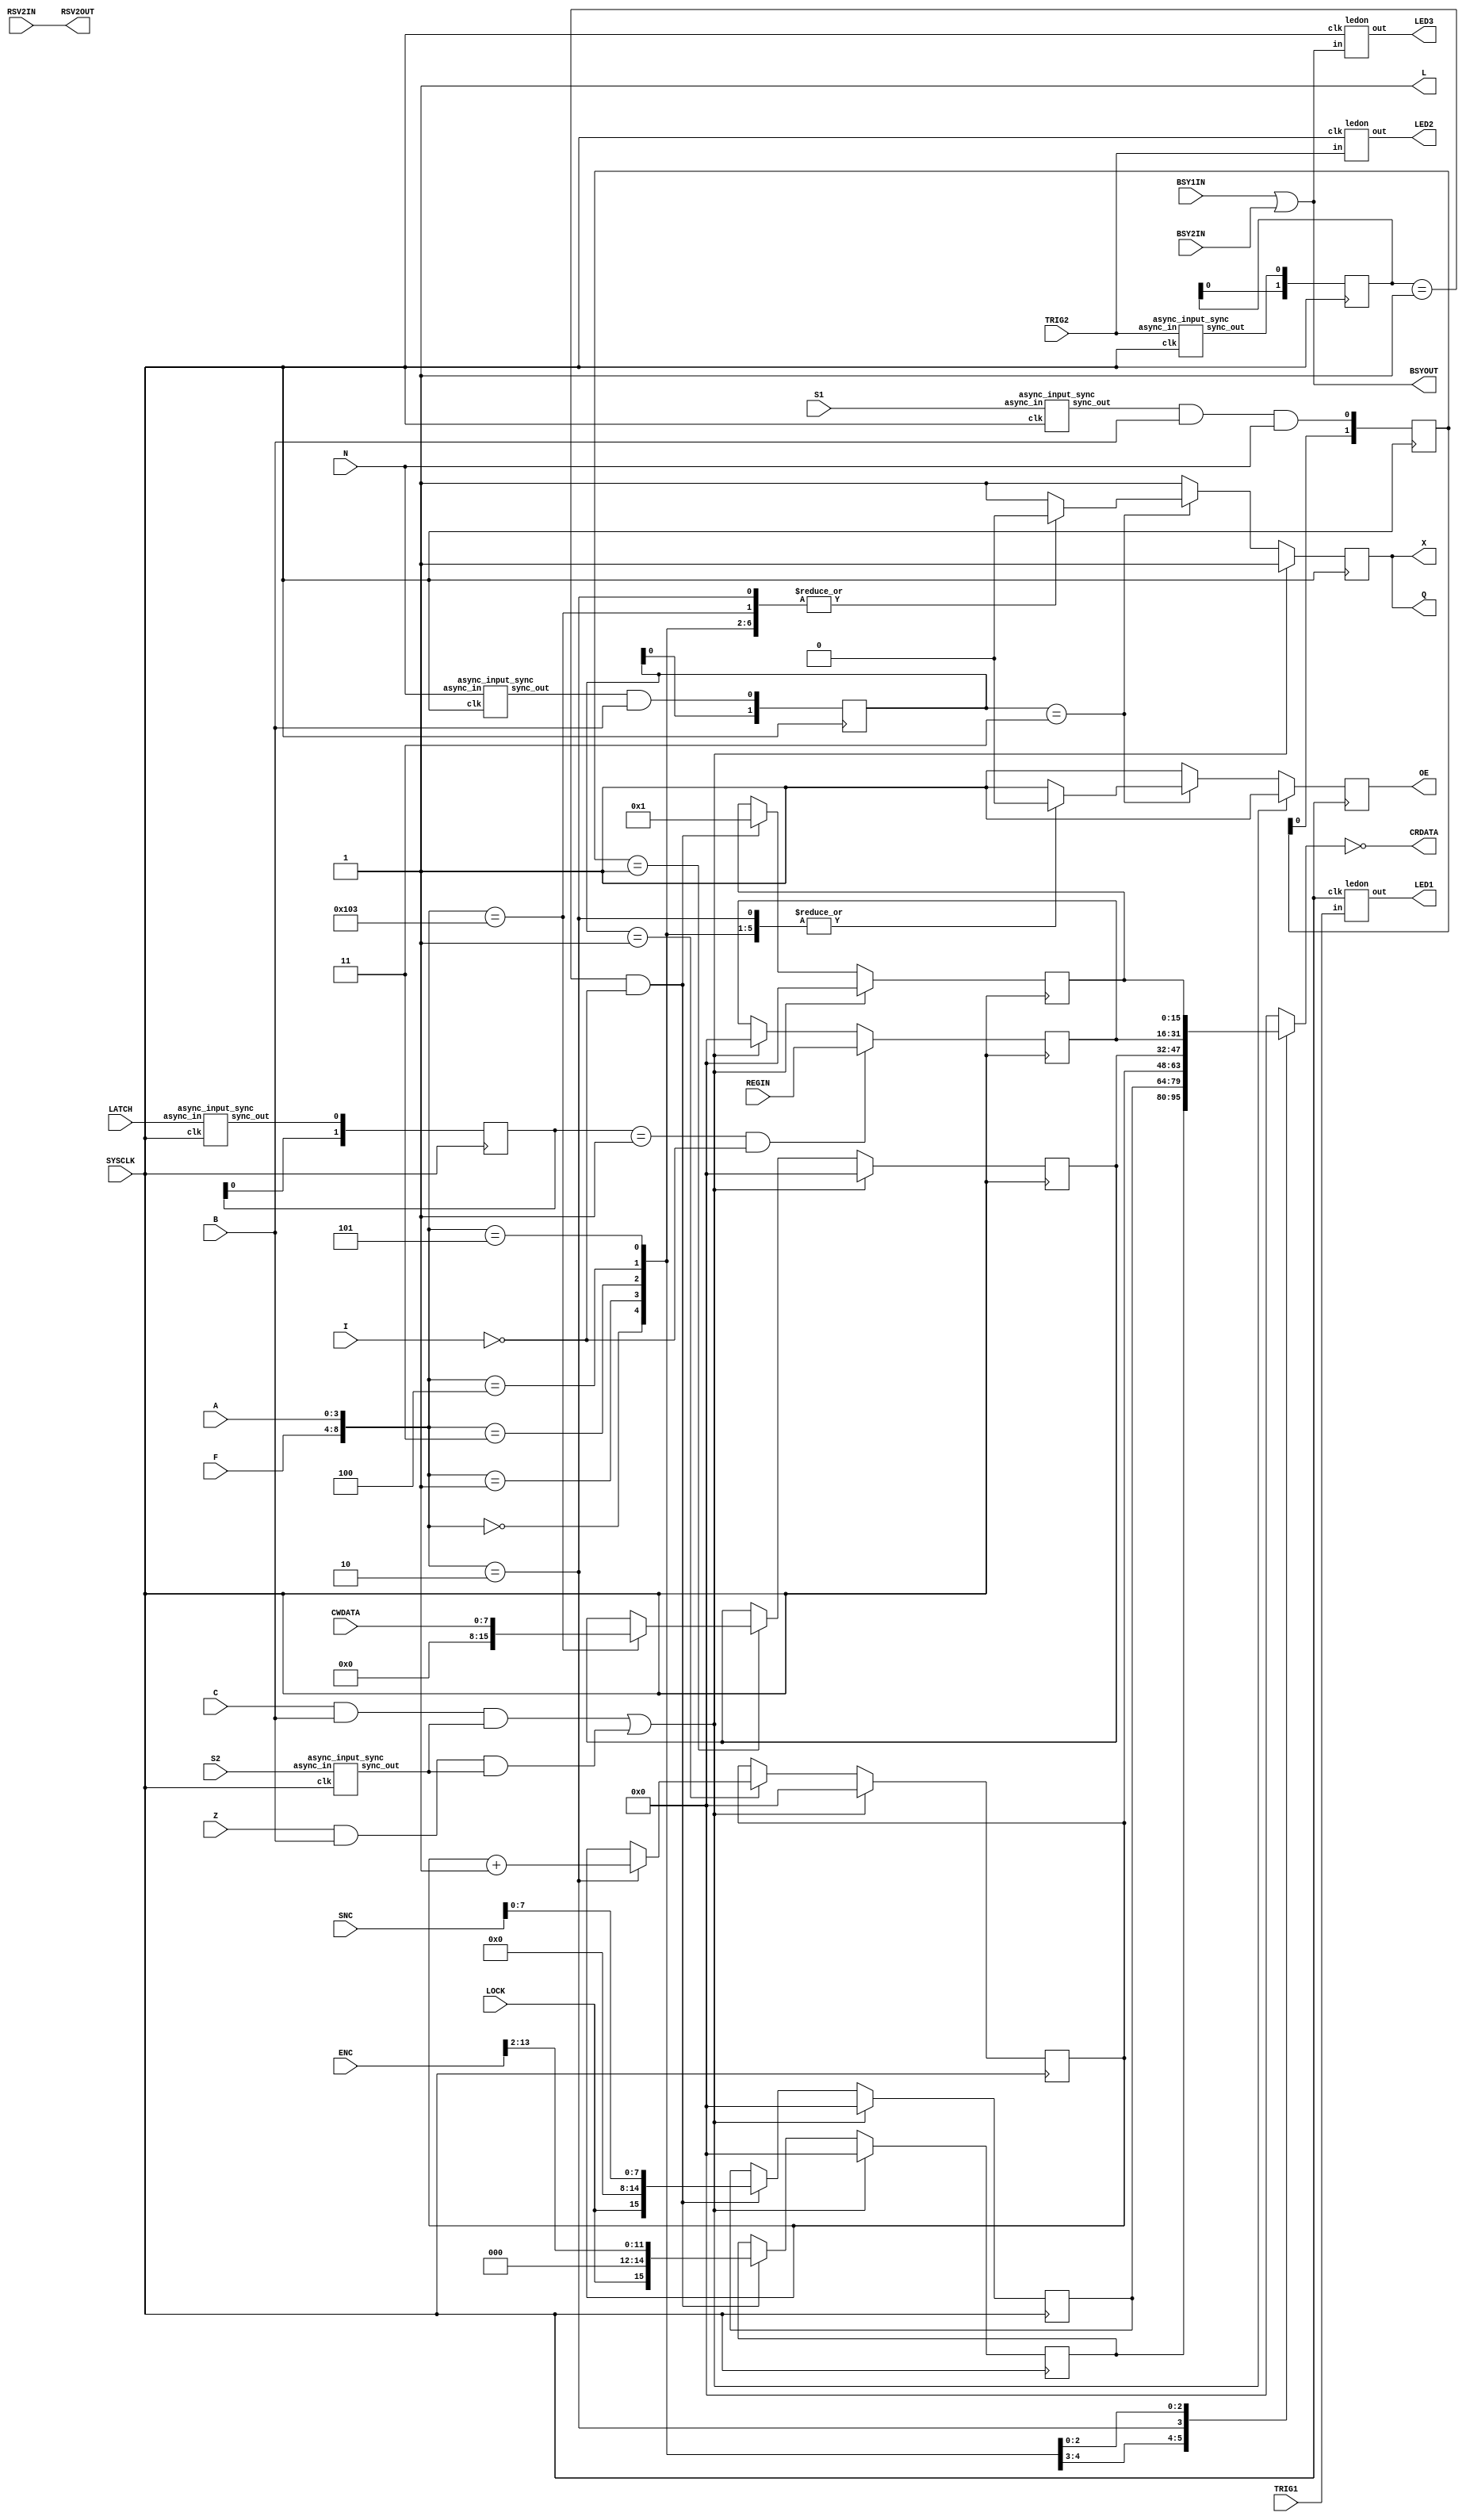
//////////////////////////////////////////////////////////////////////////////////
// Company:        Tohoku Univ.
// 
// Design Name:    camac_rm
// Module Name:    camac_rm.v 
// Project Name:   cacac_rm.ise
// Target Devices: XC95288XL-10PQ208C
// Tool versions:  Xilinx ISE 10.1.03
// Description: 
//
// Dependencies:   camac_rm.ucf 
//
// Revision:       09/25/2009 version 1.0
//           
// Additional Comments: 
//
//////////////////////////////////////////////////////////////////////////////////
module camac_rm(
					 SYSCLK,
					 ENC,SNC,TRIG1,TRIG2,RSV2IN,LOCK,
					 BSYOUT,RSV2OUT,BSY1IN,BSY2IN,LATCH,REGIN,
					 CRDATA,F,A,S1,S2,C,N,B,Z,I,
					 CWDATA,OE,X,L,Q,
					 LED1,LED2,LED3
              );
//==============================================================================
//                    Difinition of I/O signals
//==============================================================================

	input         SYSCLK;       // System Clock (50MHz)
	
//=== IO Rear Panel RJ45 ===
	input [13:0]  ENC;          // Event Number Counter
	input [9:0]   SNC;          // Spill Number Counter
	input         TRIG1;        // Trigger1
	input         TRIG2;        // Trigger2
	input         LOCK;         // Lock
	
	output        BSYOUT;
	output        RSV2OUT;

//=== IO Front Panel NIM ===
	input         RSV2IN;       // Reserve2
	input         BSY1IN;       // Busy1
	input         BSY2IN;       // Busy2
	input         LATCH;        // Latch
	input [15:0]  REGIN;        // 16bit Input Register
	
	
//=== IO CAMAC bus ===
	input [7:0]   CWDATA;       // 8bit Write Line
	input [4:0]   F;            // Function
	input [3:0]   A;            // Sub Address
	input         S1;           // Strobe Signal 1
	input         S2;           // Strobe Signal 2
	input         C;            // Clear
	input         N;            // Station Number
	input         B;            // Busy
	input         Z;            // Initialize
	input			  I;            // Inhibit
	
	output [15:0] CRDATA;       // 16bit Read Line
	output        OE;           // 3-STATE Output Enable
	output        X;            // Command Accepted (1:FALSE, 0:TURE)
	output        Q;            // Response (1:FALSE, 0:TURE)
	output        L;            // Lock at me (1:FALSE, 0:TURE)
	
//=== Front Panel LED ===
   output        LED1;        // LED T1
	output        LED2;        // LED T2
	output        LED3;        // LED BSY

//==============================================================================
//          CAMAC registers
//==============================================================================
	reg  [15:0] camac_reg0 =16'd0;  //event number
	reg  [15:0] camac_reg1 =16'd0;  //spill number
	reg  [15:0] camac_reg2 =16'd0;  //serial
	reg  [15:0] camac_reg3 =16'd0;  //dummy
	reg  [15:0] camac_reg4 =16'd0;  //input register
	reg  [15:0] camac_reg5 =16'd0;  //look at me

//==============================================================================
//          signal assign
//==============================================================================
  
   wire clear;   //camac C
	wire init;    //camac Z

	assign RSV2OUT  = RSV2IN;
	assign BSYOUT   = BSY1IN | BSY2IN;
	
	//wire strig1;
	//async_input_sync sync1(SYSCLK, TRIG1, strig1);
	wire strig2;
	async_input_sync sync2(SYSCLK, TRIG2, strig2);

	ledon led1( SYSCLK, TRIG1, LED1 );
	ledon led2( SYSCLK, TRIG2, LED2 );
	ledon led3( SYSCLK, BSY1IN | BSY2IN, LED3 );

	 //Event and Spill tag
	reg [1:0] trig2_e=2'd0;
	always @ (posedge SYSCLK) begin
		trig2_e <= {trig2_e[0],strig2};
	end
	
	always @ (posedge SYSCLK) begin
	   if( clear | init ) begin
		   camac_reg0 <= 16'd0;
			camac_reg1 <= 16'd0;
			camac_reg5 <= 16'd0;
		end
		else if( trig2_e==2'b01 && !I ) begin
			camac_reg0 <= {LOCK, 3'd0, ENC[13:2]};
			camac_reg1 <= {LOCK, 7'd0, SNC[7:0]};
			camac_reg5 <= 16'd1;
		end
	end

	//Input register
	wire slatch;
	async_input_sync sync3(SYSCLK, LATCH, slatch);
	
	reg [1:0] latch_e=2'd0;
	always @ (posedge SYSCLK) begin
		latch_e <= {latch_e[0],slatch};
	end
	
	always @ (posedge SYSCLK) begin
		if( clear | init ) camac_reg4 <= 16'd0;
		if( latch_e==2'b01 && !I ) camac_reg4 <= REGIN;
	end

//==============================================================================
//          CAMAC cycle
//==============================================================================
   assign L = 1'b1;

   wire ss1, ss2, sn;
	async_input_sync sync4(SYSCLK, S1, ss1);
	async_input_sync sync5(SYSCLK, S2, ss2);
	async_input_sync sync6(SYSCLK, N, sn);
	
	reg [1:0] s1_e=2'd0;
	reg [1:0] n_e=2'd0;
	always @ (posedge SYSCLK) begin
		s1_e <= {s1_e[0],ss1 & B & N};
		n_e <= {n_e[0],sn & B};
	end

   //C, Z response	
	assign clear = C & B & ss2;
	assign init  = Z & B & ss2;
		
	//read, write response
	reg Q = 1'b1;
	reg X = 1'b1;
	reg OE= 1'b1;
	always @ ( posedge SYSCLK ) begin
		if ( clear | init ) begin
				X			<=	1'b1;
				Q			<=	1'b1;
				OE 		<=	1'b1;
		end
		else if ( n_e == 2'b11 ) begin
				case ( {F,A} )
					{5'd0, 4'd0}: begin
											X			<=	1'b0;
											Q			<=	1'b0;
											OE 		<=	1'b0;
					              end
					{5'd0, 4'd1}: begin
											X			<=	1'b0;
											Q			<=	1'b0;
											OE 		<=	1'b0;
					              end
					{5'd0, 4'd2}: begin
											X			<=	1'b0;
											Q			<=	1'b0;
											OE 		<=	1'b0;
					              end
					{5'd0, 4'd3}: begin
											X			<=	1'b0;
											Q			<=	1'b0;
											OE 		<=	1'b0;
					              end
					{5'd0, 4'd4}: begin
											X			<=	1'b0;
											Q			<=	1'b0;
											OE 		<=	1'b0;
					              end
					{5'd0, 4'd5}: begin
											X			<=	1'b0;
											Q			<=	1'b0;
											OE 		<=	1'b0;
					              end				  
               {5'd16, 4'd3}: begin
											X			<=	1'b0;
											Q			<=	1'b0;
											OE 		<=	1'b1;
					              end
					default: begin
											X			<=	1'b1;
											Q			<=	1'b1;
											OE 		<=	1'b1;
					              end
			  endcase
		end
		else begin
			   X			<=	1'b1;
			   Q			<=	1'b1;
				OE 		<=	1'b1;
		end
	end

	
	//camac read
	assign CRDATA	=	~( camac_data_select( {F,A}, camac_reg0, camac_reg1, camac_reg2, camac_reg3, camac_reg4, camac_reg5 ) );
	
	function [15:0] camac_data_select;
	input [8:0]  FA;
	input [15:0] camac_reg0, camac_reg1, camac_reg2, camac_reg3, camac_reg4, camac_reg5;
		case ( FA )
			{5'd0,4'd0}:			camac_data_select = camac_reg0;
			{5'd0,4'd1}:			camac_data_select = camac_reg1;
			{5'd0,4'd2}:			camac_data_select = camac_reg2;
			{5'd0,4'd3}:			camac_data_select = camac_reg3;
			{5'd0,4'd4}:			camac_data_select = camac_reg4;
			{5'd0,4'd5}:			camac_data_select = camac_reg5;
			default:					camac_data_select = 16'd0;
		endcase
	endfunction

	always @ (posedge SYSCLK) begin
	   if( clear | init ) begin
		   camac_reg2 <= 16'd0;
		end
		else if( n_e==2'b01 ) begin
			if({F,A}=={5'd0, 4'd2}) camac_reg2 <= camac_reg2 + 16'd1;
		end
	end


   //camac write
	always @ (posedge SYSCLK) begin
	   if( clear | init ) begin
		   camac_reg3 <= 16'd0;
		end
		else if( s1_e==2'b01 ) begin
			if({F,A}=={5'd16, 4'd3}) camac_reg3 <= {8'd0, CWDATA};
		end
	end
	
		
endmodule


module ledon(clk, in, out);

	input  clk,in;
	output reg out=1'b0;
	
	reg [15:0] counter  = 16'd0;
	parameter  maxcount = 50000; //20ns*50000=1ms
	
	always @ ( posedge clk )	begin
	   if ( in ) begin
				out     <= 1'b1;
				counter <= 16'd1;
		end
		else if ( counter > maxcount )	begin
				out     <= 1'b0;
				counter <= 16'd0;
		end
		else if ( counter > 16'd0 ) begin
				out	  <= 1'b1;
				counter <= counter + 16'd1;
		end
		else begin
				out     <= 1'b0;
				counter <= 16'd0;
		end
	end
endmodule

module async_input_sync(
   input clk,
   (* TIG="TRUE", IOB="FALSE" *) input async_in,
   output reg sync_out
);

   (* ASYNC_REG="TRUE", SHIFT_EXTRACT="NO", HBLKNM="sync_reg" *) reg [1:0] sreg;                                                                           
   always @(posedge clk) begin
     sync_out <= sreg[1];
     sreg <= {sreg[0], async_in};
   end

endmodule